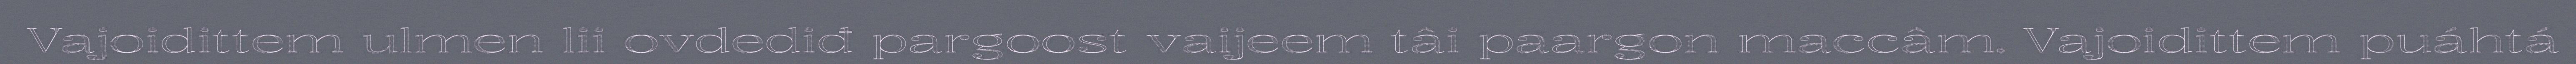
Vajoidittem ulmen lii ovdediđ pargoost vaijeem tâi paargon maccâm. Vajoidittem puáhtá